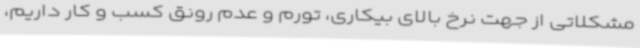
مشکلاتی از جهت نرخ بالای بیکاری، تورم و عدم رونق کسب و کار داریم،